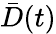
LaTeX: \bar{D}(t)